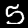
Label: 5